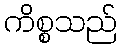
ကိစ္စသည်